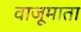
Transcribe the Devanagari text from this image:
वाजूमाता